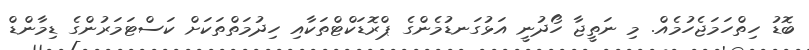
ބޮޑު ހިތްހަމަޖެހުމެއް. މި ނަތީޖާ ހޯދުނީ އަޅުގަނޑުމެންގެ ޕްރޮޑަކްޓްތަކާއި ހިދުމަތްތަކަށް ކަސްޓަމަރުންގެ ޑިމާންޑް